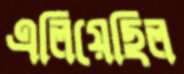
এলিয়েছিল